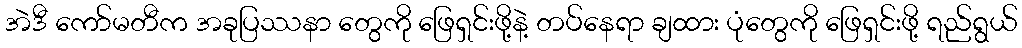
အဲဒီ ကော်မတီက အခုပြဿနာ တွေကို ဖြေရှင်းဖို့နဲ့ တပ်နေရာ ချထား ပုံတွေကို ဖြေရှင်းဖို့ ရည်ရွယ်